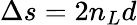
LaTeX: \Delta s=2n_{L}d